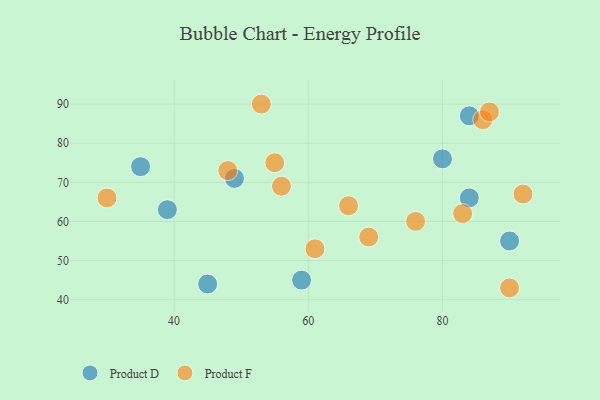
{"axis": {"x": "GDP", "y": "Life Expectancy"}, "legend": ["Product D", "Product F"], "data": [{"x": "84", "y": 66, "type": "Product D"}, {"x": "35", "y": 74, "type": "Product D"}, {"x": "84", "y": 87, "type": "Product D"}, {"x": "39", "y": 63, "type": "Product D"}, {"x": "45", "y": 44, "type": "Product D"}, {"x": "90", "y": 55, "type": "Product D"}, {"x": "49", "y": 71, "type": "Product D"}, {"x": "80", "y": 76, "type": "Product D"}, {"x": "59", "y": 45, "type": "Product D"}, {"x": "83", "y": 62, "type": "Product F"}, {"x": "30", "y": 66, "type": "Product F"}, {"x": "92", "y": 67, "type": "Product F"}, {"x": "90", "y": 43, "type": "Product F"}, {"x": "69", "y": 56, "type": "Product F"}, {"x": "86", "y": 86, "type": "Product F"}, {"x": "48", "y": 73, "type": "Product F"}, {"x": "76", "y": 60, "type": "Product F"}, {"x": "53", "y": 90, "type": "Product F"}, {"x": "66", "y": 64, "type": "Product F"}, {"x": "55", "y": 75, "type": "Product F"}, {"x": "61", "y": 53, "type": "Product F"}, {"x": "87", "y": 88, "type": "Product F"}, {"x": "56", "y": 69, "type": "Product F"}]}